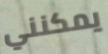
يمكنني